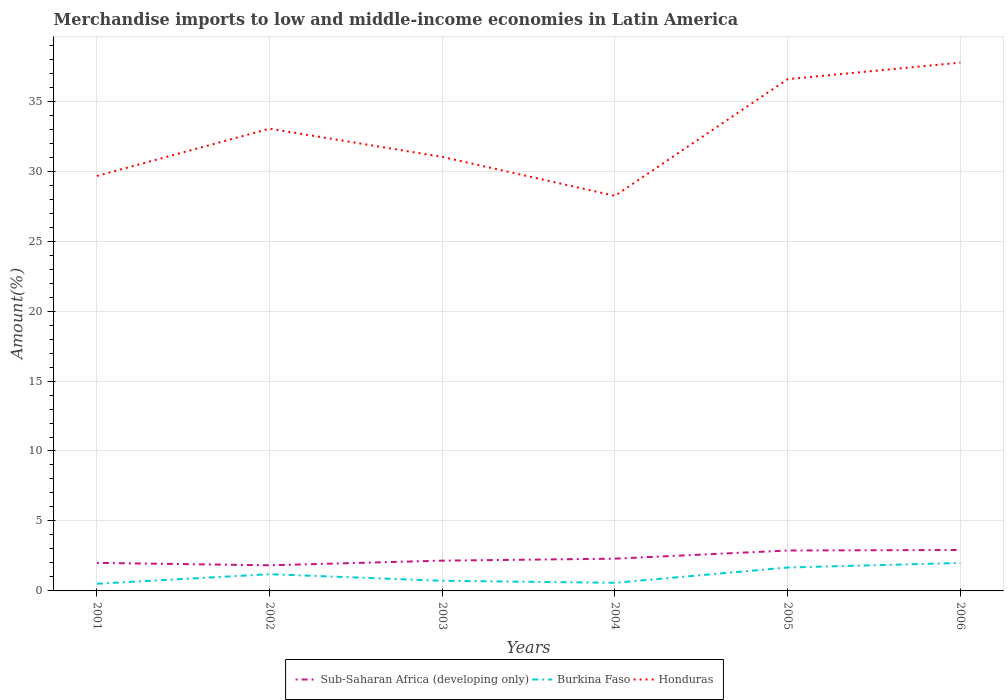
| Years | Sub-Saharan Africa (developing only) | Burkina Faso | Honduras |
 | --- | --- | --- | --- |
 | 2001 | 2 | 0.513 | 29.7 |
 | 2002 | 1.83 | 1.2 | 33 |
 | 2003 | 2.16 | 0.725 | 31 |
 | 2004 | 2.31 | 0.581 | 28.2 |
 | 2005 | 2.89 | 1.67 | 36.6 |
 | 2006 | 2.93 | 2 | 37.8 |